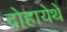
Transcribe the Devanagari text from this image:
दोहायेथे